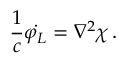
\frac { 1 } { c } \Dot { \varphi _ { L } } = \nabla ^ { 2 } \chi \, .